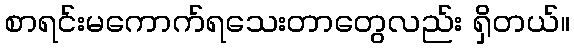
စာရင်းမကောက်ရသေးတာတွေလည်း ရှိတယ်။